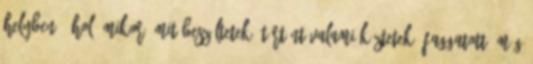
helyben. -Hol? Mikor? Mit beszéltetek? Történt valami köztetek?-faggatott, még